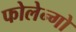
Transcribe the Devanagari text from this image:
फोलेन्गो